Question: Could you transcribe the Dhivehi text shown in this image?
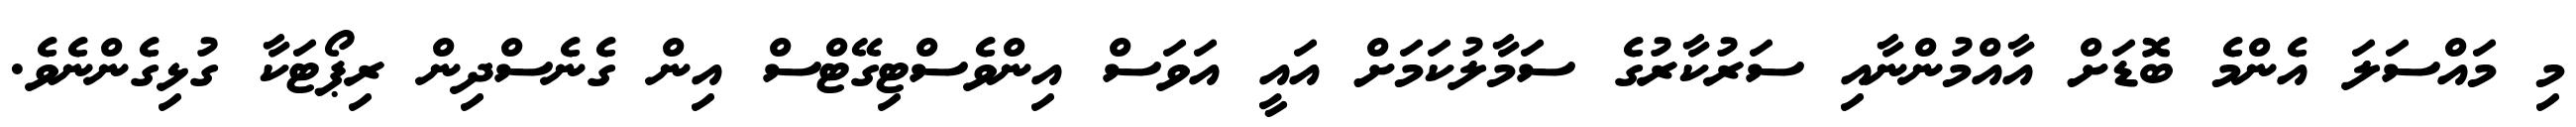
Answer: މި މައްސަލަ އެންމެ ބޮޑަށް އާއްމުންނާއި ސަރުކާރުގެ ސަމާލުކަމަށް އައީ އަވަސް އިންވެސްޓިގޭޓްސް އިން ގެނެސްދިން ރިޕޯޓަކާ ގުޅިގެންނެވެ.